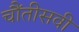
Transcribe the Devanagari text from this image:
चौंतीसवी